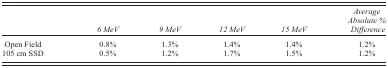
<table><thead><tr><td></td><td><b><i>6 MeV</i></b></td><td><b><i>9 MeV</i></b></td><td><b><i>12 MeV</i></b></td><td><b><i>15 MeV</i></b></td><td><b><i>Average Absolute % Difference</i></b></td></tr></thead><tbody><tr><td>Open Field</td><td>0.8%</td><td>1.3%</td><td>1.4%</td><td>1.4%</td><td>1.2%</td></tr><tr><td>105 cm SSD</td><td>0.5%</td><td>1.2%</td><td>1.7%</td><td>1.5%</td><td>1.2%</td></tr></tbody></table>